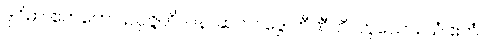
ဒုဝိဓာ ဧကတော ဥပ္ပဇ္ဇတိ၊ ပန၊ ဆက်။ ဒွေ တီဏီတိ၊ ဟူသော။ ယံ ဧတံ၊